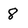
Character: 8